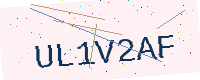
Text: UL1V2AF